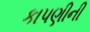
કાપણીની